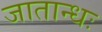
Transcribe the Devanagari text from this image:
जातान्धः